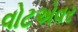
વોટએવર